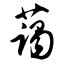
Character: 蔼